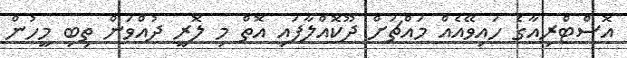
އޮސްޓްރިއާގެ ހައިވޭއެއް މައްޗަށް ދޫކޮއްލާފައި އޮތް މި ލޮރީ ދުއްވަން ތިބި މީހުން